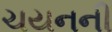
ચયનની